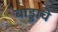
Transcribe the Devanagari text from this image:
बाड्डाचे